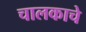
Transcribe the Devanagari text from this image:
चालकाचे